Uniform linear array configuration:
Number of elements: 48
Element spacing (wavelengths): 0.25
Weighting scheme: hann
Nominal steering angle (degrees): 60
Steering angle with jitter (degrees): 58.342
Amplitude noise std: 0.05
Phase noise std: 0.05

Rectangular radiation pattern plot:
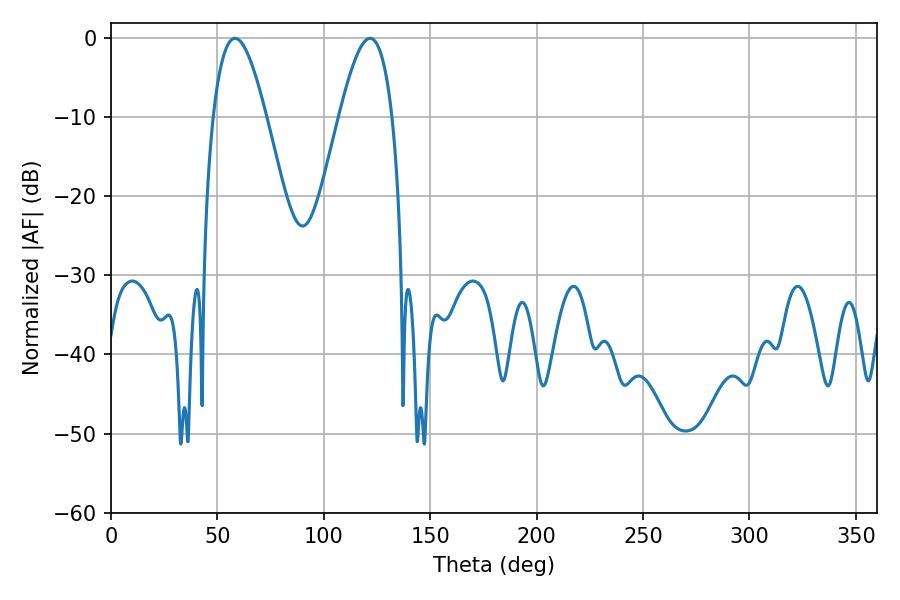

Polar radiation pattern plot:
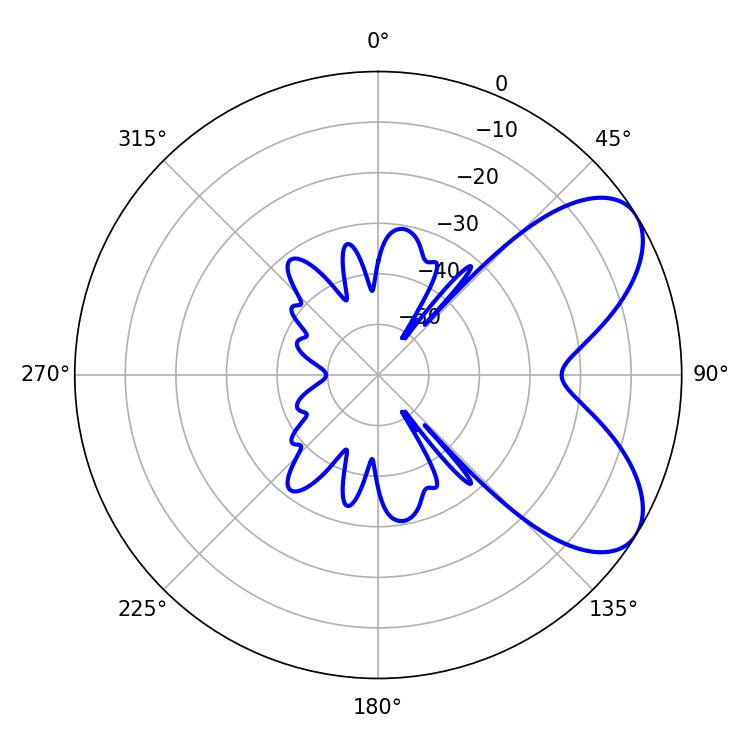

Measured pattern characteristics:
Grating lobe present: FALSE
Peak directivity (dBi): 6.566
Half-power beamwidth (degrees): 13.5
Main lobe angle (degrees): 58.32